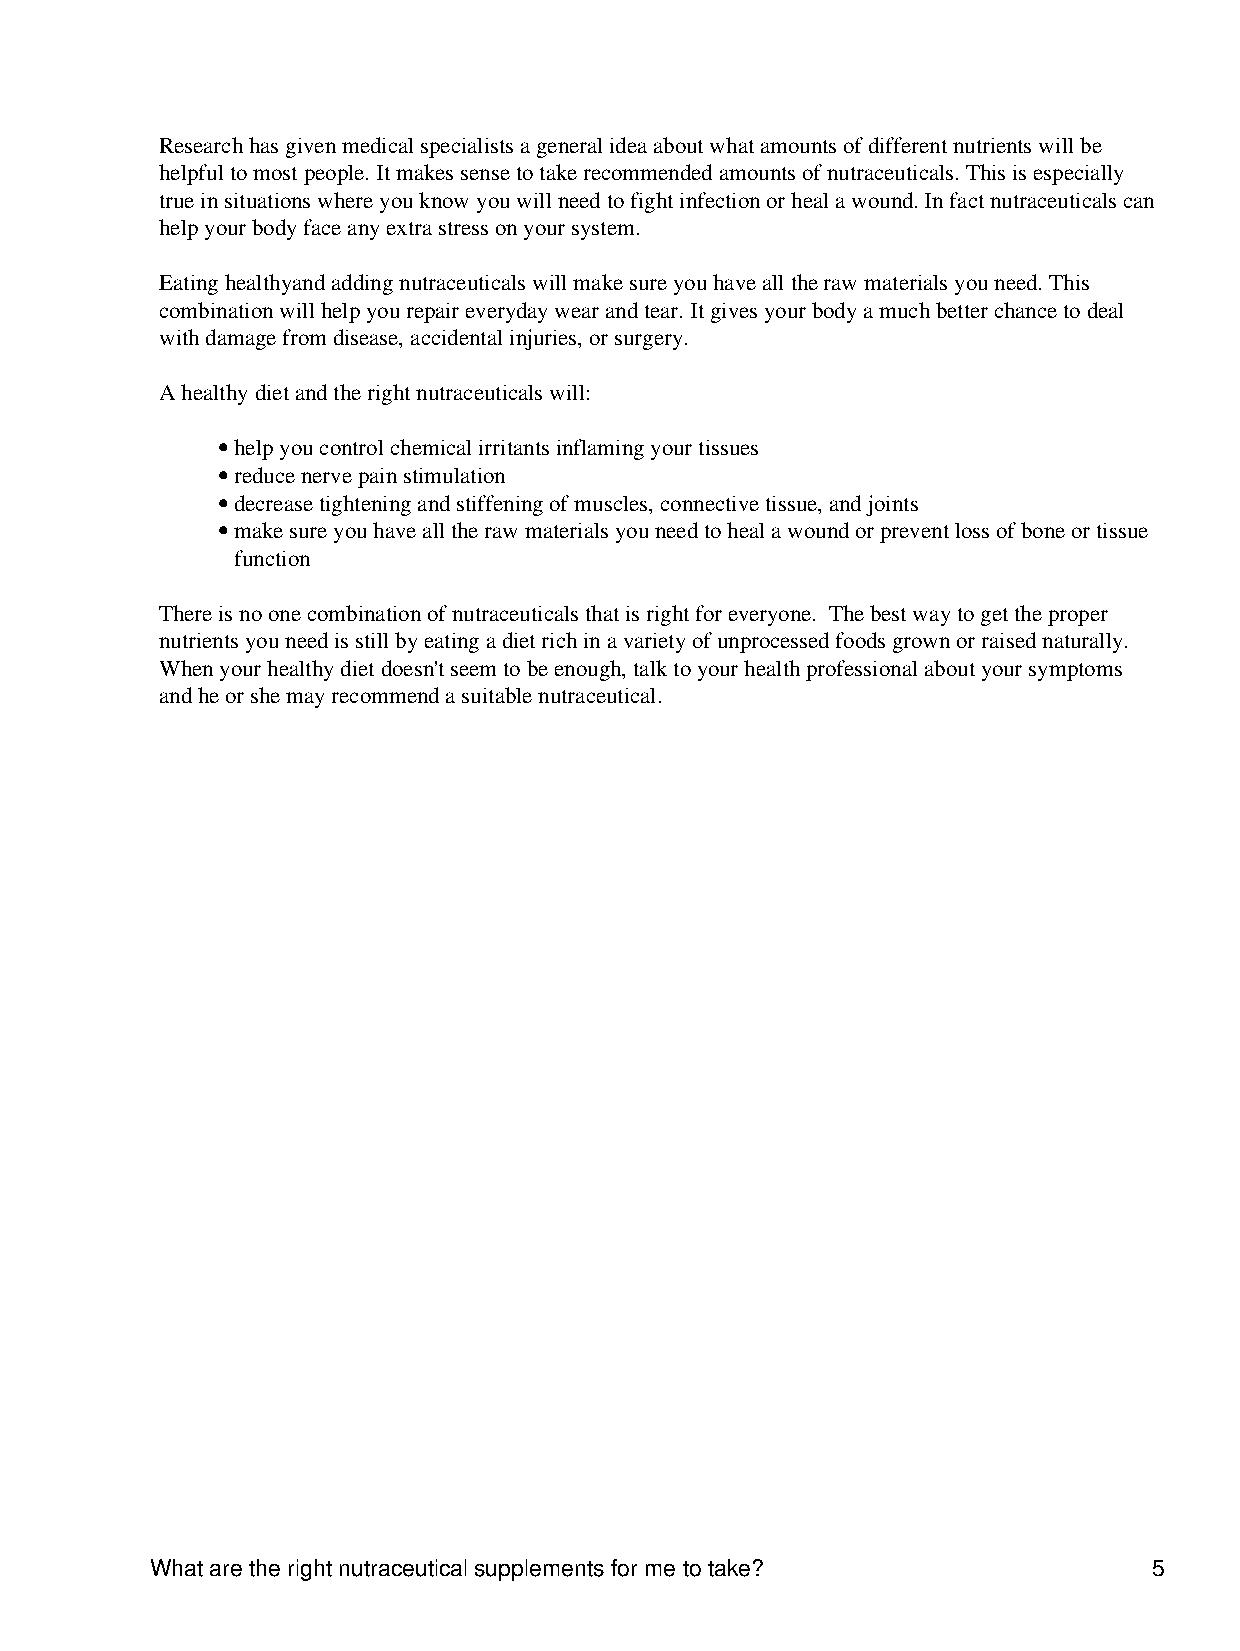
Research has given medical specialists a general idea about what amounts of different nutrients will be
 helpful to most people. It makes sense to take recommended amounts of nutraceuticals. This is especially
 true in situations where you know you will need to fight infection or heal a wound. In fact nutraceuticals can
 help your body face any extra stress on your system.
 Eating healthyand adding nutraceuticals will make sure you have all the raw materials you need. This
 combination will help you repair everyday wear and tear. It gives your body a much better chance to deal
 with damage from disease, accidental injuries, or surgery.
 A healthy diet and the right nutraceuticals will:
 • help you control chemical irritants inflaming your tissues
 • reduce nerve pain stimulation
 • decrease tightening and stiffening of muscles, connective tissue, and joints
 • make sure you have all the raw materials you need to heal a wound or prevent loss of bone or tissue
 function
 There is no one combination of nutraceuticals that is right for everyone. The best way to get the proper
 nutrients you need is still by eating a diet rich in a variety of unprocessed foods grown or raised naturally.
 When your healthy diet doesn't seem to be enough, talk to your health professional about your symptoms
 and he or she may recommend a suitable nutraceutical.
 What are the right nutraceutical supplements for me to take?      5